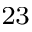
^ { 2 3 }